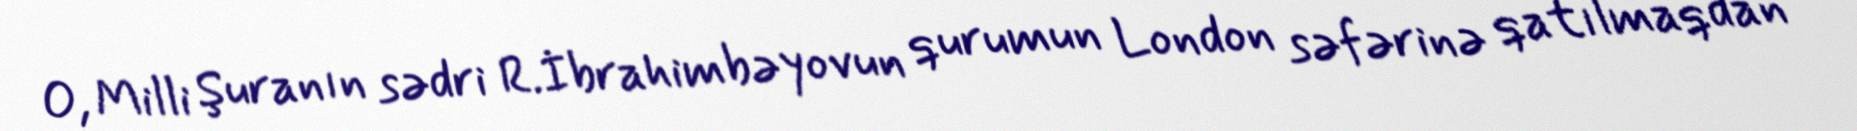
O, Milli Şuranın sədri R.İbrahimbəyovun qurumun London səfərinə qatılmaqdan